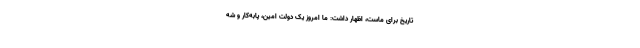
تاریخ برای ماست، اظهار داشت: ما امروز یک دولت امین، پابه‌کار و شه